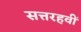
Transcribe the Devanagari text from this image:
सत्तरहवीं